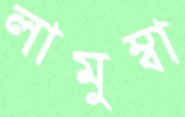
লামুম্বা